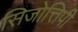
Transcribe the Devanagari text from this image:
सिजोत्तिपी